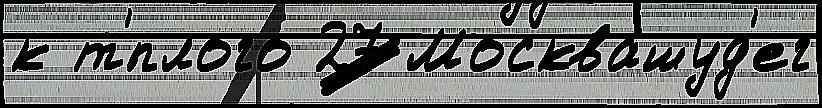
к т'́плого 27 Москвашуд'ег